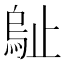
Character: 𣦑